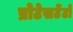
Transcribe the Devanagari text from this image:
प्रोटेसटेंटों